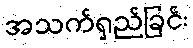
အသက်ရှည်ခြင်း